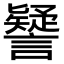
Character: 𧭐